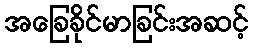
အခြေခိုင်မာခြင်းအဆင့်